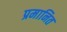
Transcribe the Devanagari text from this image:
प्रमानित